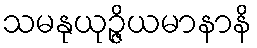
သမနုယုဉ္ဇိယမာနာနိ